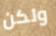
ولكن